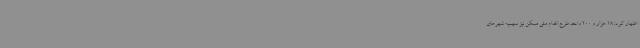
اظهار کرد: 18 هزار و 200 واحد طرح اقدام ملی مسکن نیز سهمیه شهرهای